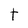
Character: t